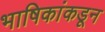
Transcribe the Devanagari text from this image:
भाषिकांकडून